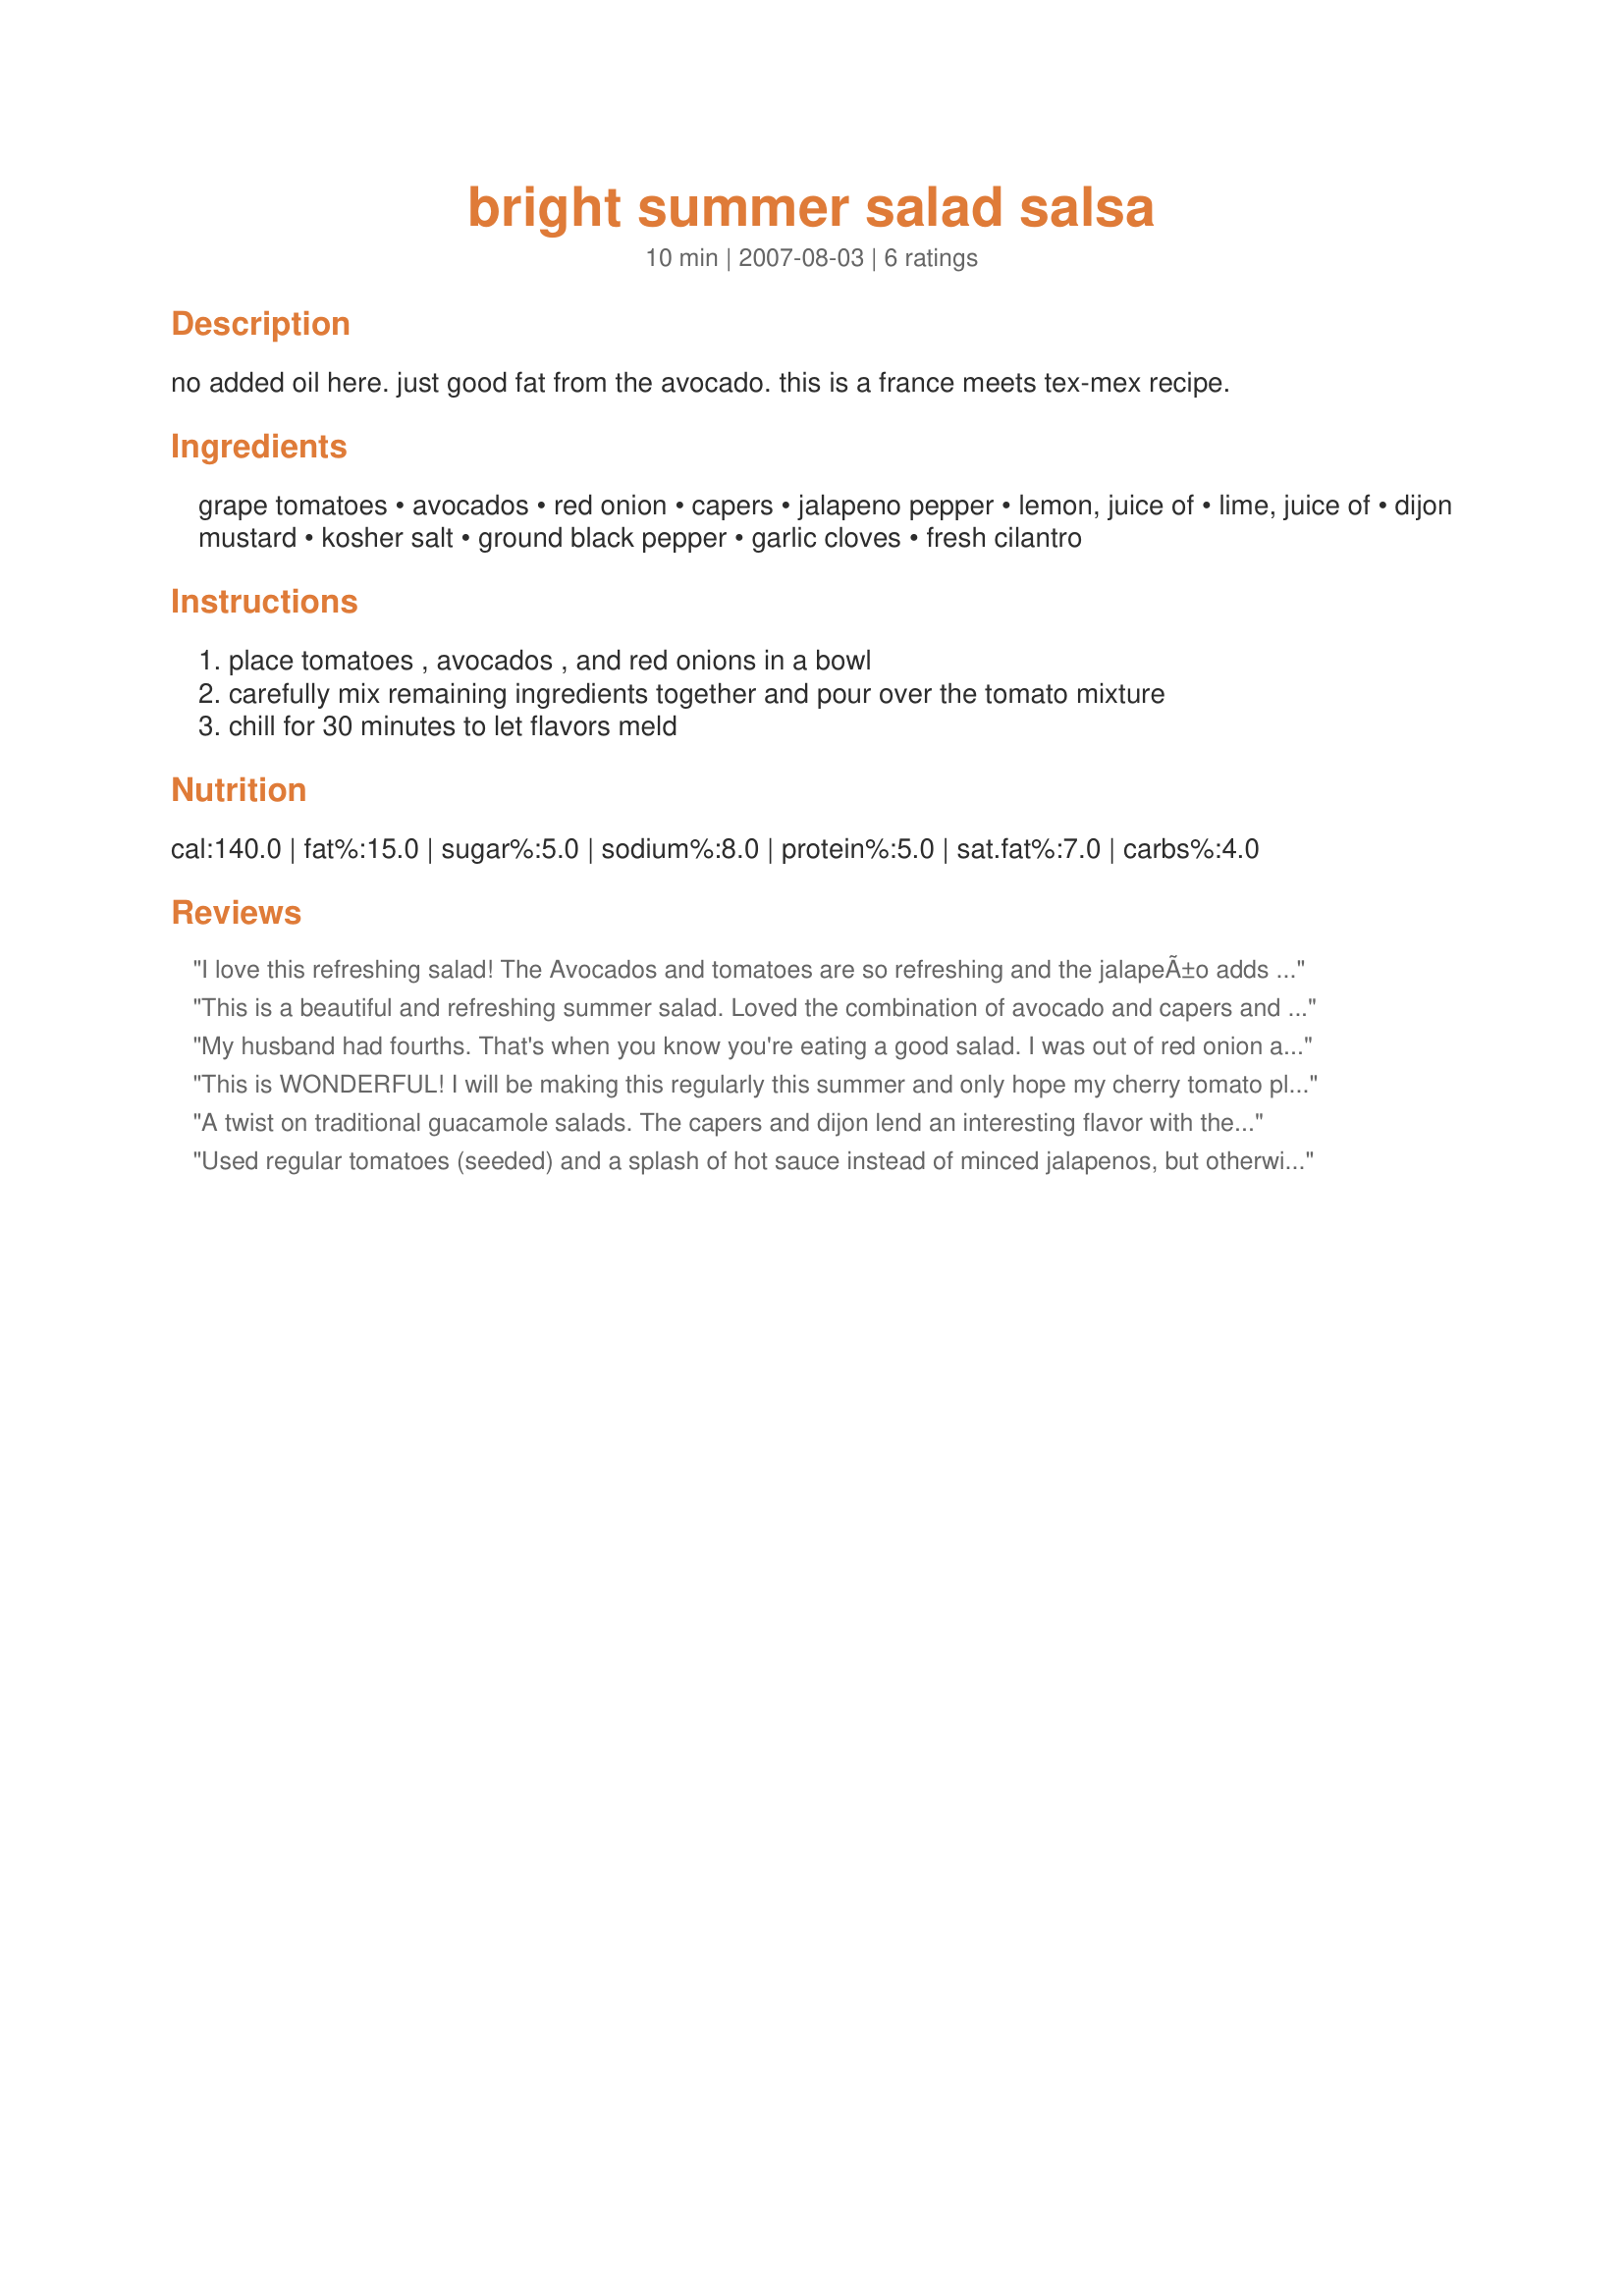
bright summer salad salsa
Preparation time: 10 minutes

no added oil here. just good fat from the avocado.
this is a france meets tex-mex recipe.

Ingredients:
grape tomatoes, avocados, red onion, capers, jalapeno pepper, lemon, juice of, lime, juice of, dijon mustard, kosher salt, ground black pepper, garlic cloves, fresh cilantro

Steps:
place tomatoes , avocados , and red onions in a bowl, carefully mix remaining ingredients together and pour over the tomato mixture, chill for 30 minutes to let flavors meld

Reviews:
I love this refreshing salad! The Avocados and tomatoes are so refreshing and the jalapeÃ±o adds a lil kick! Yum!
This is a beautiful and refreshing summer salad. Loved the combination of avocado and capers and the jalapeno gave it a nice kicked up taste. I will make this again! Thanks for Sharing a wonderful and easy summer salad. (Made for Bevy Tag 5/08)
My husband had fourths. That's when you know you're eating a good salad. I was out of red onion and didn't know it and substituted 2 shallots. I think I would use shallots exclusively as I was thinking as I took bite after bite that red onion would be overpowering. My fresh jalapeno wasn't salvageable and I added a good squirt of green Tabasco sauce to the salad dressing as a replacement. Reviewed for ZWT 2009. Thank you, Rita!
This is WONDERFUL! I will be making this regularly this summer and only hope my cherry tomato plants can keep up with how often I will want to make this. LOL I reduced the amounts to make a small bowl for lunch today. My avocado was at its perfect state of ripeness & some melded with the dressing into this delicious creamy coating on the veggies. I added one pkt of splenda to cut the tang from the amount of lemon/lime. This is definitely a KEEPER!
A twist on traditional guacamole salads. The capers and dijon lend an interesting flavor with the avocado. The raw onion and garlic were a bit too strong for the other ingredients - I would try a little less onion, and let them soak in the citrus for a while before combining the salad. I used chopped full-size tomatoes, and omitted the cilantro.
Used regular tomatoes (seeded) and a splash of hot sauce instead of minced jalapenos, but otherwise followed the recipe - which is fabulous!! The gloriously tart dressing complements the avocados and tomatoes so well. As a side salad this is just perfect! I'd love to eat this as a lunch salad too as I love the combination of the ingredients, and for that, I'd tone down the tartness of the dressing a bit. Thank you Rita!
